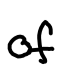
Text: of
Cross-out: clean
Writing tool: digital_black